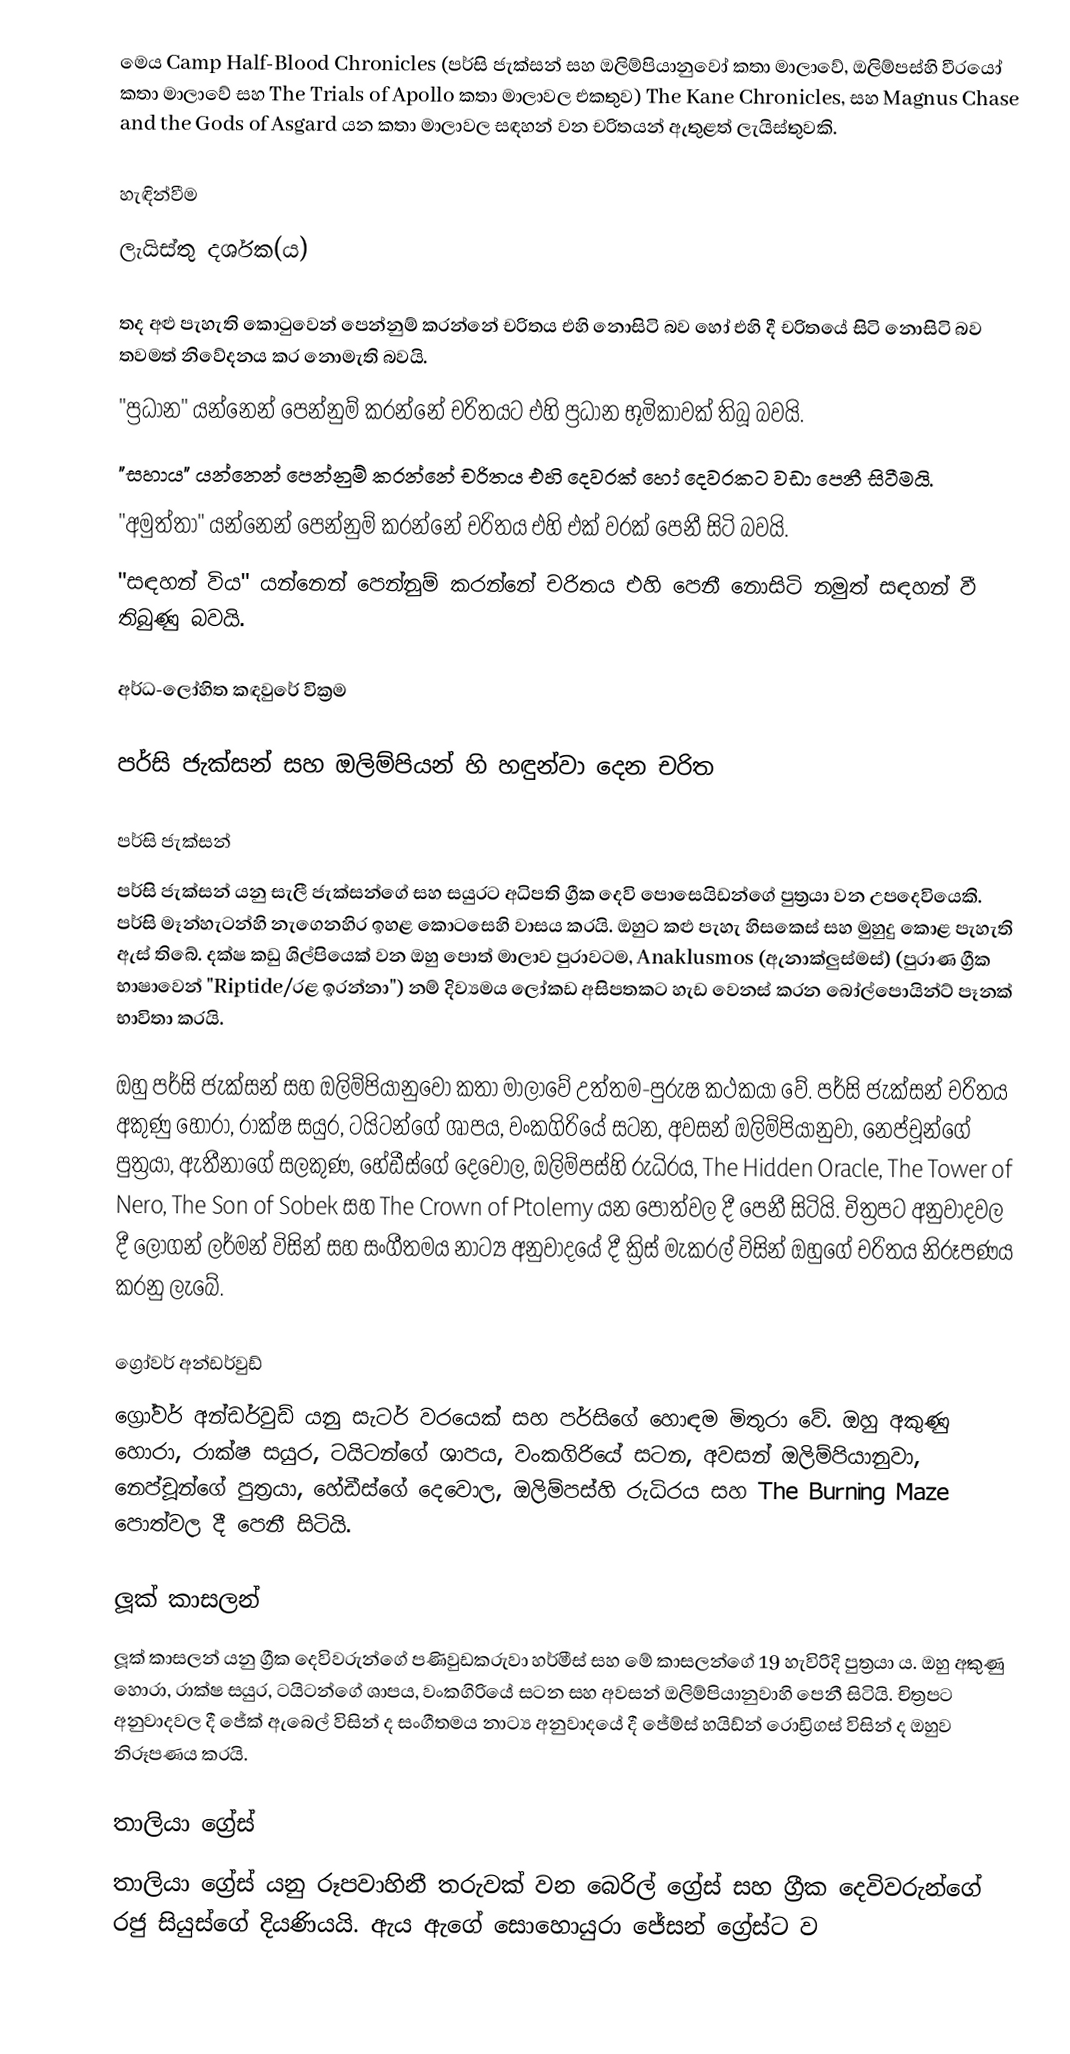
මෙය Camp Half-Blood Chronicles (පර්සි ජැක්සන් සහ ඔලිම්පියානුවෝ කතා මාලාවේ, ඔලිම්පස්හි වීරයෝ කතා මාලාවේ සහ The Trials of Apollo කතා මාලාවල එකතුව) The Kane Chronicles, සහ Magnus Chase and the Gods of Asgard යන කතා මාලාවල සඳහන් වන චරිතයන් ඇතුළත් ලැයිස්තුවකි.

හැඳින්වීම
ලැයිස්තු දර්ශක(ය)

 තද අළු පැහැති කොටුවෙන් පෙන්නුම් කරන්නේ චරිතය එහි නොසිටි බව හෝ එහි දී චරිතයේ සිටි නොසිටි බව තවමත් නිවේදනය කර නොමැති බවයි.
 "ප්‍රධාන" යන්නෙන් පෙන්නුම් කරන්නේ චරිතයට එහි ප්‍රධාන භූමිකාවක් තිබූ බවයි.
 "සහාය" යන්නෙන් පෙන්නුම් කරන්නේ චරිතය එහි දෙවරක් හෝ දෙවරකට වඩා පෙනී සිටීමයි.
 "අමුත්තා" යන්නෙන් පෙන්නුම් කරන්නේ චරිතය එහි එක් වරක් පෙනී සිටි බවයි.
 "සඳහන් විය" යන්නෙන් පෙන්නුම් කරන්නේ චරිතය එහි පෙනී නොසිටි නමුත් සඳහන් වී තිබුණු බවයි.

අර්ධ-ලෝහිත කඳවුරේ වික්‍රම

පර්සි ජැක්සන් සහ ඔලිම්පියන් හි හඳුන්වා දෙන චරිත

පර්සි ජැක්සන්
පර්සි ජැක්සන් යනු සැලී ජැක්සන්ගේ සහ සයුරට අධිපති ග්‍රීක දෙවි පොසෙයිඩන්ගේ පුත්‍රයා වන උපදෙවියෙකි. පර්සි මෑන්හැටන්හි නැගෙනහිර ඉහළ කොටසෙහි වාසය කරයි. ඔහුට කළු පැහැ හිසකෙස් සහ මුහුදු කොළ පැහැති ඇස් තිබේ. දක්ෂ කඩු ශිල්පියෙක් වන ඔහු පොත් මාලාව පුරාවටම, Anaklusmos (ඇනාක්ලුස්මස්) (පුරාණ ග්‍රීක භාෂාවෙන් "Riptide/රළ ඉරන්නා") නම් දිව්‍යමය ලෝකඩ අසිපතකට හැඩ වෙනස් කරන බෝල්පොයින්ට් පෑනක් භාවිතා කරයි.

ඔහු පර්සි ජැක්සන් සහ ඔලිම්පියානුවෝ කතා මාලාවේ උත්තම-පුරුෂ කථකයා වේ. පර්සි ජැක්සන් චරිතය අකුණු හොරා, රාක්ෂ සයුර, ටයිටන්ගේ ශාපය, වංකගිරියේ සටන, අවසන් ඔලිම්පියානුවා, නෙප්චූන්ගේ පුත්‍රයා, ඇතීනාගේ සලකුණ, හේඩීස්ගේ දෙවොල, ඔලිම්පස්හි රුධිරය, The Hidden Oracle, The Tower of Nero, The Son of Sobek සහ The Crown of Ptolemy යන පොත්වල දී පෙනී සිටියි. චිත්‍රපට අනුවාදවල දී ලෝගන් ලර්මන් විසින් සහ සංගීතමය නාට්‍ය අනුවාදයේ දී ක්‍රිස් මැකරල් විසින් ඔහුගේ චරිතය නිරූපණය කරනු ලැබේ.

ග්‍රෝවර් අන්ඩර්වුඩ්
ග්‍රෝවර් අන්ඩර්වුඩ් යනු සැටර් වරයෙක් සහ පර්සිගේ හොඳම මිතුරා වේ. ඔහු අකුණු හොරා, රාක්ෂ සයුර, ටයිටන්ගේ ශාපය, වංකගිරියේ සටන, අවසන් ඔලිම්පියානුවා, නෙප්චූන්ගේ පුත්‍රයා, හේඩීස්ගේ දෙවොල, ඔලිම්පස්හි රුධිරය සහ The Burning Maze පොත්වල දී පෙනී සිටියි.

ලූක් කාසලන්
ලූක් කාසලන් යනු ග්‍රීක දෙවිවරුන්ගේ පණිවුඩකරුවා හර්මීස් සහ මේ කාසලන්ගේ 19 හැවිරිදි පුත්‍රයා ය. ඔහු අකුණු හොරා, රාක්ෂ සයුර, ටයිටන්ගේ ශාපය, වංකගිරියේ සටන සහ අවසන් ඔලිම්පියානුවාහි පෙනී සිටියි. චිත්‍රපට අනුවාදවල දී ජේක් ඇබෙල් විසින් ද සංගීතමය නාට්‍ය අනුවාදයේ දී ජේම්ස් හයිඩ්න් රොඩ්‍රිගස් විසින් ද ඔහුව නිරූපණය කරයි.

තාලියා ග්‍රේස්
තාලියා ග්‍රේස් යනු රූපවාහිනී තරුවක් වන බෙරිල් ග්‍රේස් සහ ග්‍රීක දෙවිවරුන්ගේ රජු සියුස්ගේ දියණියයි. ඇය ඇගේ සොහොයුරා ජේසන් ග්‍රේස්ට ව